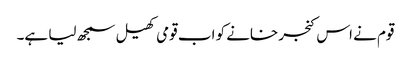
قوم نے اس کنجر خانے کو اب قومی کھیل سمجھ لیا ہے۔